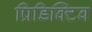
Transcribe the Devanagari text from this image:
प्रिडिक्टिव